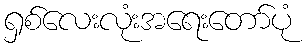
ရှစ်လေးလုံးအရေးတော်ပုံ